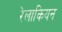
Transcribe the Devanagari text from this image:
रेलाकियन